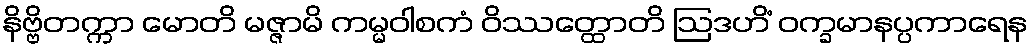
နိဗ္ဗိတက္ကာ မောတိ မဇ္ဇာမိ ကမ္မဝါစကံ ဝိဿတ္ထောတိ ဩဒဟိံ ဝက္ခမာနပ္ပကာရေန